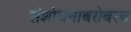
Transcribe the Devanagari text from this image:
संशोधनाबरोबरच